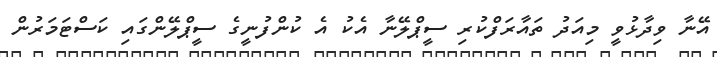
އޭނާ ވިދާޅުވީ މިއަދު ތައާރަފްކުރި ސީޕްލޭނާ އެކު އެ ކުންފުނީގެ ސީޕްލޭންގައި ކަސްޓަމަރުން